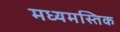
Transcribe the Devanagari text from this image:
मध्यमस्तिक